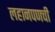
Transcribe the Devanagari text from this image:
लहानपणची